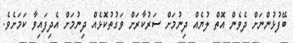
ބޭފުޅުންނަށް ދެވެން އޮތް ލުޔެއް ދިނުމަށް ސަރުކާރަށް ވަގުތުކޮޅެއް ދިނުމަށް އެދިފައިވާ ކަމަށެވެ.